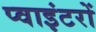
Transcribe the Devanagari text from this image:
प्वाइंटरों